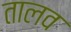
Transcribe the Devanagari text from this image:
तालव